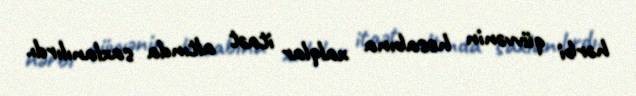
hərbi qüvvənin hesabına xalqlar itaət altında saxlanılırdı.